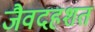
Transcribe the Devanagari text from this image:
जैवदहशत